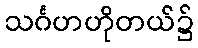
သင်္ဂဟဟိုတယ်၌